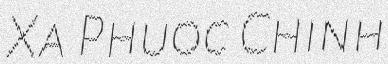
Xa Phuoc Chinh